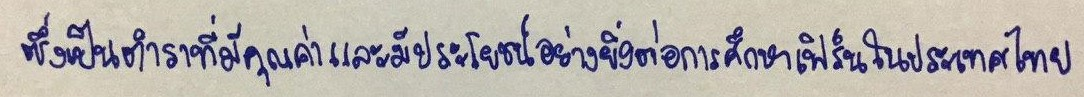
ซึ่งเป็นตำราที่มีคุณค่าและมีประโยชน์อย่างยิ่งต่อการศึกษาเฟิร์นในประเทศไทย